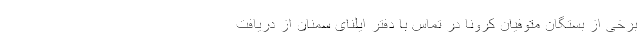
برخی از بستگان متوفیان کرونا در تماس با دفتر ایلنای سمنان از دریافت